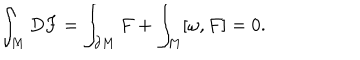
\int _ { M } D F = \int _ { \partial M } F + \int _ { M } [ \omega , F ] = 0 .